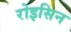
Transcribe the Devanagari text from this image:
रोइसिन